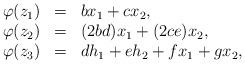
LaTeX: \begin{align*}\begin{array}{llllll}\varphi(z_1) &=& bx_1+cx_2,\\\varphi(z_2) &=& (2bd)x_1+(2ce)x_2,\\\varphi(z_3) &=& dh_1+eh_2+fx_1+gx_2,\\\end{array}\end{align*}